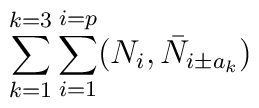
\sum_{k=1}^{k=3} \sum_{i=1}^{i=p} (N_i, \bar{N}_{i \pm a_k})